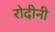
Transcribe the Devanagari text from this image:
रोदीनी